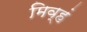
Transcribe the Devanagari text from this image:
मिव्हं